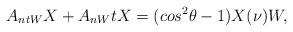
LaTeX: \begin{align*}A_{ntW}X+A_{nW}tX=(cos^2{\theta}-1)X (\nu)W,\end{align*}